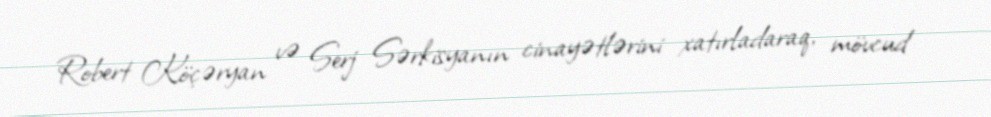
Robert Köçəryan və Serj Sərkisyanın cinayətlərini xatırladaraq, mövcud